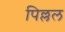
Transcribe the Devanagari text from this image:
पिल्लल